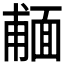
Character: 𩈨